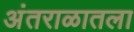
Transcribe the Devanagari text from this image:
अंतराळातला